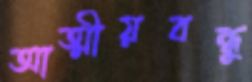
আত্মীয়বন্ধু